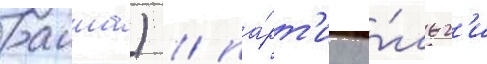
раита) / па́рт'иу о́льг'и